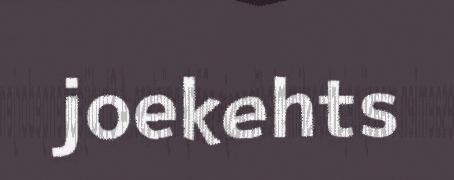
joekehts